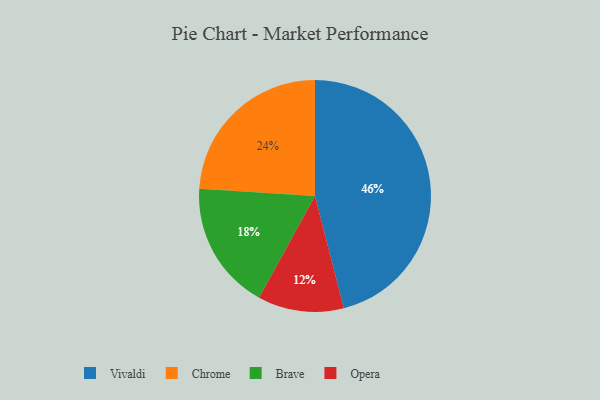
{"axis": {"x": "Category", "y": "Percentage"}, "legend": ["Brave", "Chrome", "Opera", "Vivaldi"], "data": [{"x": "Opera", "y": 12, "type": "Opera"}, {"x": "Chrome", "y": 24, "type": "Chrome"}, {"x": "Vivaldi", "y": 46, "type": "Vivaldi"}, {"x": "Brave", "y": 18, "type": "Brave"}]}